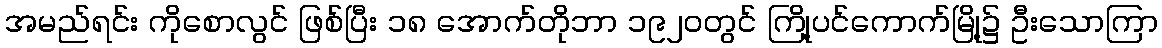
အမည်ရင်း ကိုစောလွင် ဖြစ်ပြီး ၁၈ အောက်တိုဘာ ၁၉၂၀တွင် ကြို့ပင်ကောက်မြို့၌ ဦးသောကြာ